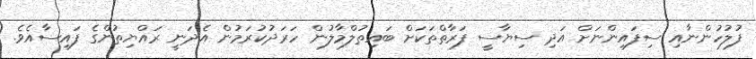
ފުލުހުންނާއި ސިފައިންނަށް އަދި ސިޔާސީ ފަރާތްތަކަށް ބައިތުލްމާލުން ހަރަދުކުރަމުން އެދަނީ ރައްޔިތުންގެ ފައިސާއެވެ.